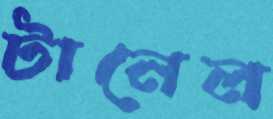
টানেল